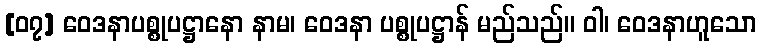
[၀၇] ဝေဒနာပစ္စုပဋ္ဌာနော နာမ၊ ဝေဒနာ ပစ္စုပဋ္ဌာန် မည်သည်။ ဝါ၊ ဝေဒနာဟူသော